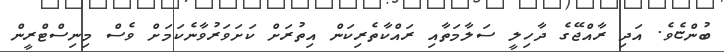
ބުންޏެވެ. އަދި ރާއްޖޭގެ ދާހިލީ ސަލާމަތާއި ރައްކާތެރިކަން އިތުރަށް ކަށަަވަރުވާނެކަމަށް ވެސް މިނިސްްޓްރީން